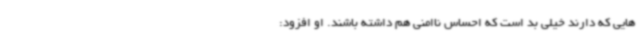
هایی که دارند خیلی بد است که احساس ناامنی هم داشته باشند. او افزود: